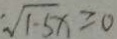
\sqrt { 1 - 5 } x \geq 0